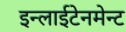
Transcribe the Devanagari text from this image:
इन्लाईटेनमेन्ट